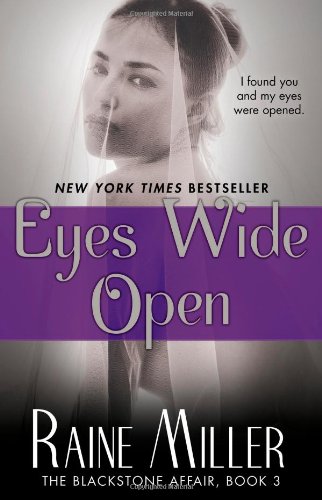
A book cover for Eyes Wide Open: The Blackstone Affair, Book 3; Raine Miller; Romance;